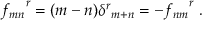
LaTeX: { f _ { m n } } ^ { r } = ( m - n ) { \delta ^ { r } } _ { m + n } = - { f _ { n m } } ^ { r } ~ .